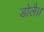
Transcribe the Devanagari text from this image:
डोलै।।